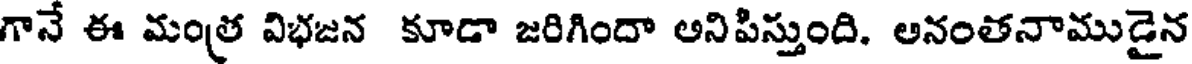
గానే ఈ మంత్ర విభజన కూడా జరిగిందా అనిపిస్తుంది. అనంతనాముడైన